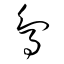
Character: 鳥